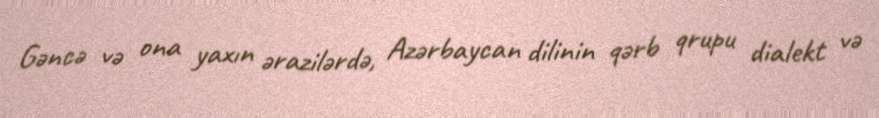
Gəncə və ona yaxın ərazilərdə, Azərbaycan dilinin qərb qrupu dialekt və